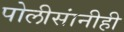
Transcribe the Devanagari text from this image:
पोलीसांनीही